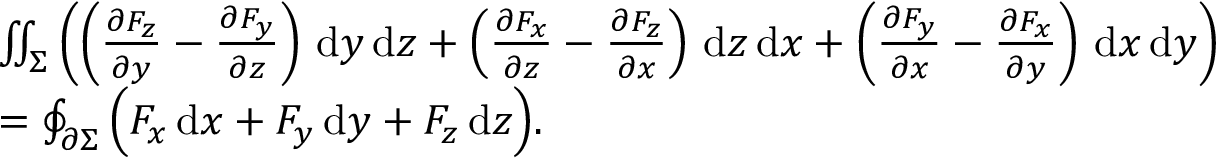
{ \begin{array} { r l } & { \iint _ { \Sigma } \left( \left( { \frac { \partial F _ { z } } { \partial y } } - { \frac { \partial F _ { y } } { \partial z } } \right) \, \mathrm { d } y \, \mathrm { d } z + \left( { \frac { \partial F _ { x } } { \partial z } } - { \frac { \partial F _ { z } } { \partial x } } \right) \, \mathrm { d } z \, \mathrm { d } x + \left( { \frac { \partial F _ { y } } { \partial x } } - { \frac { \partial F _ { x } } { \partial y } } \right) \, \mathrm { d } x \, \mathrm { d } y \right) } \\ & { = \oint _ { \partial \Sigma } { \Bigl ( } F _ { x } \, \mathrm { d } x + F _ { y } \, \mathrm { d } y + F _ { z } \, \mathrm { d } z { \Bigr ) } . } \end{array} }